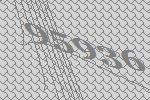
95936